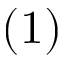
( 1 )